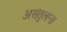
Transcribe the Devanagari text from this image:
असंतुलन।